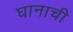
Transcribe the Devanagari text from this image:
घानाची